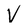
Character: V